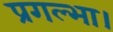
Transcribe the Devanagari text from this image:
प्रगल्भा।